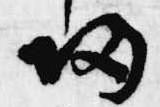
帰